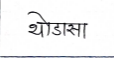
मजकूर: थोडासा